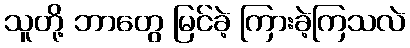
သူတို့ ဘာတွေ မြင်ခဲ့ ကြားခဲ့ကြသလဲ